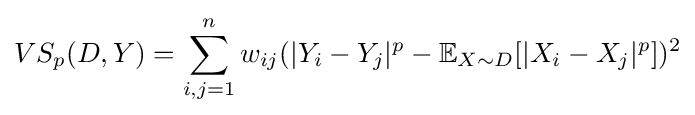
VS_{p}(D,Y)=\sum _{i,j=1}^{n}w_{ij}(|Y_{i}-Y_{j}|^{p}-\mathbb {E} _{X\sim D}[|X_{i}-X_{j}|^{p}])^{2}